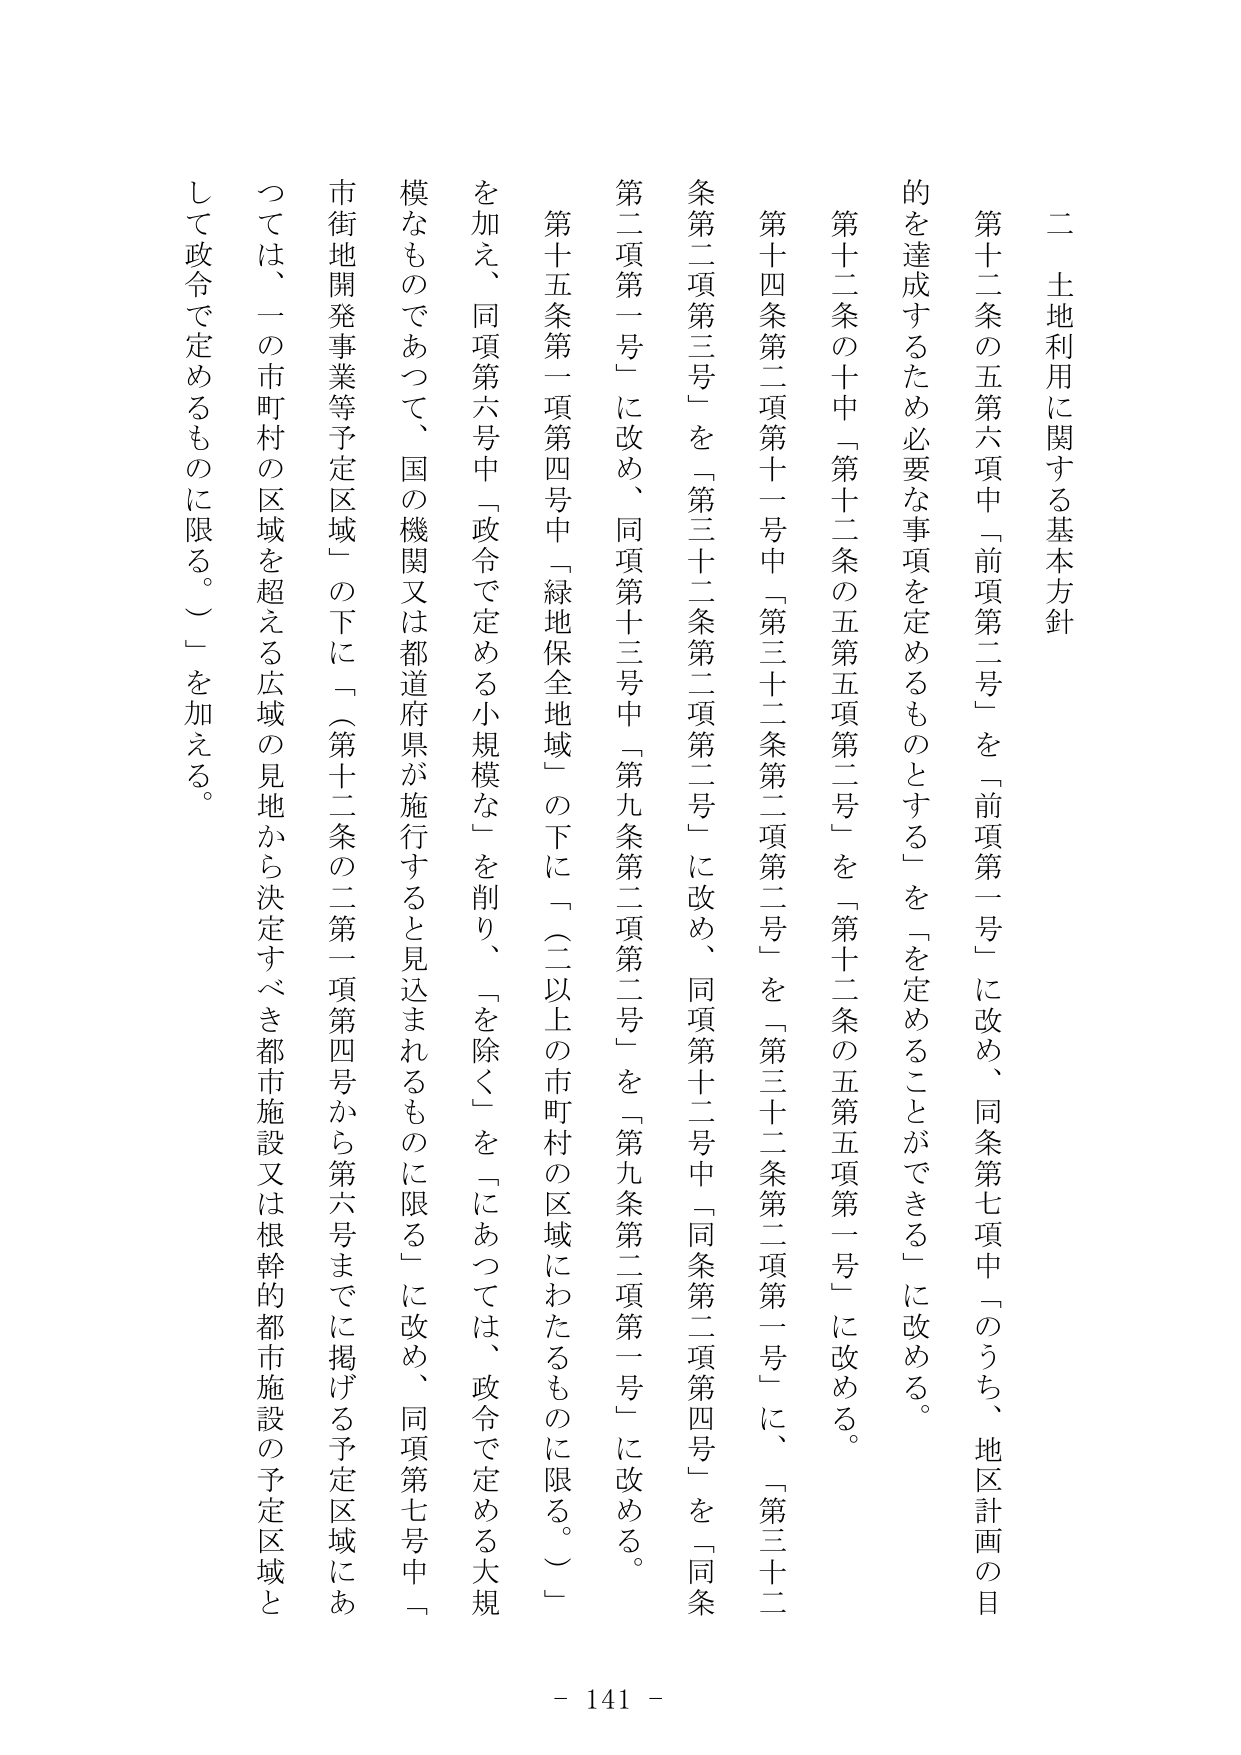
二　土地利用に関する基本方針

第十二条の五第六項中「前項第二号」を「前項第一号」に改め、同条第七項中「のうち、地区計画の目的を達成するため必要な事項を定めるものとする」を「を定めることができる」に改める。

第十二条の十中「第十二条の五第五項第二号」を「第十二条の五第五項第一号」に改める。

第十四条第二項第十一号中「第三十二条第二項第二号」を「第三十二条第二項第一号」に、「第三十二条第二項第三号」を「第三十二条第二項第二号」に改め、同項第十二号中「同条第二項第四号」を「同条第二項第一号」に改め、同項第十三号中「第九条第二項第二号」を「第九条第二項第一号」に改める。

第十五条第一項第四号中「緑地保全地域」の下に「（二以上の市町村の区域にわたるものに限る。）」を加え、同項第六号中「政令で定める小規模な」を削り、「を除く」を「にあっては、政令で定める大規模なものであつて、国の機関又は都道府県が施行すると見込まれるものに限る」に改め、同項第七号中「市街地開発事業等予定区域」の下に「（第十二条の二第一項第四号から第六号までに掲げる予定区域にあっては、一の市町村の区域を超える広域の見地から決定すべき都市施設又は根幹的都市施設の予定区域として政令で定めるものに限る。）」を加える。

- 141 -